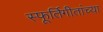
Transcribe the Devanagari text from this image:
स्फूर्तिगीतांच्या